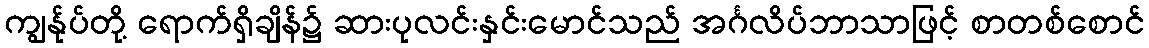
ကျွန်ုပ်တို့ ရောက်ရှိချိန်၌ ဆားပုလင်းနှင်းမောင်သည် အင်္ဂလိပ်ဘာသာဖြင့် စာတစ်စောင်